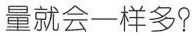
量就会一样多?